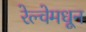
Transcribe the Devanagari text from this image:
रेल्वेमधून